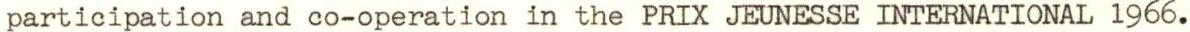
participation and co-operation in the PRIX JEUNESSE INTERNATIONAL 1966.